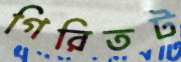
গিরিতট